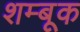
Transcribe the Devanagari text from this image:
शम्बूक